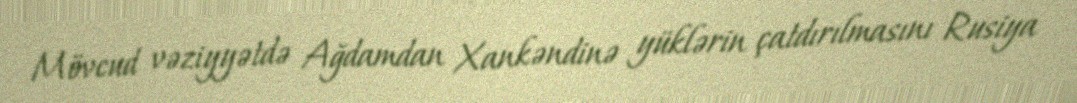
Mövcud vəziyyətdə Ağdamdan Xankəndinə yüklərin çatdırılmasını Rusiya